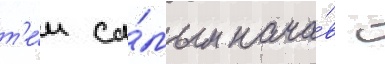
т'е́м са́мым нача́в с